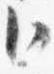
臣